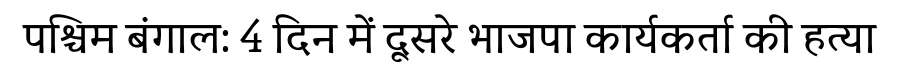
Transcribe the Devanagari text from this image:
पश्चिम बंगाल: 4 दिन में दूसरे भाजपा कार्यकर्ता की हत्या